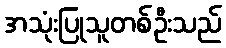
အသုံးပြုသူတစ်ဦးသည်